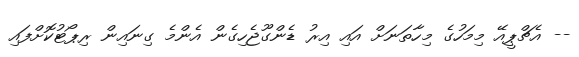
-- އެޗްޕީއޭ މިމަހުގެ މިހާތަނަށް އައި އިރު ޑެންގޫޖެހިގެން އެންމެ ގިނައިން ރިޕޯޓުކޮށްފައި